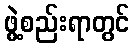
ဖွဲ့စည်းရာတွင်